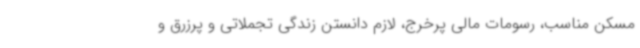
مسکن مناسب، رسومات مالی پرخرج، لازم دانستن زندگی تجملاتی و پرزرق و